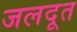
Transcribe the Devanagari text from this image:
जलदूत